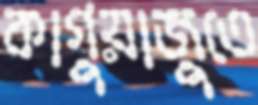
কাগুয়াজুতে